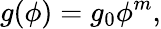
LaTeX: g(\phi)=g_{0}\phi^{m},